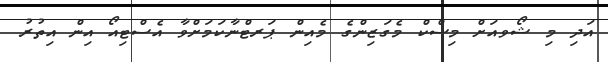
އަދި މި ޝޯވއަށް މިސްކް މެގަޒިންގެ މެއިން ޕަރޓްނާކަމަށްވާ އެސްޓިއޯ އިން އިތުރު